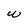
Character: w